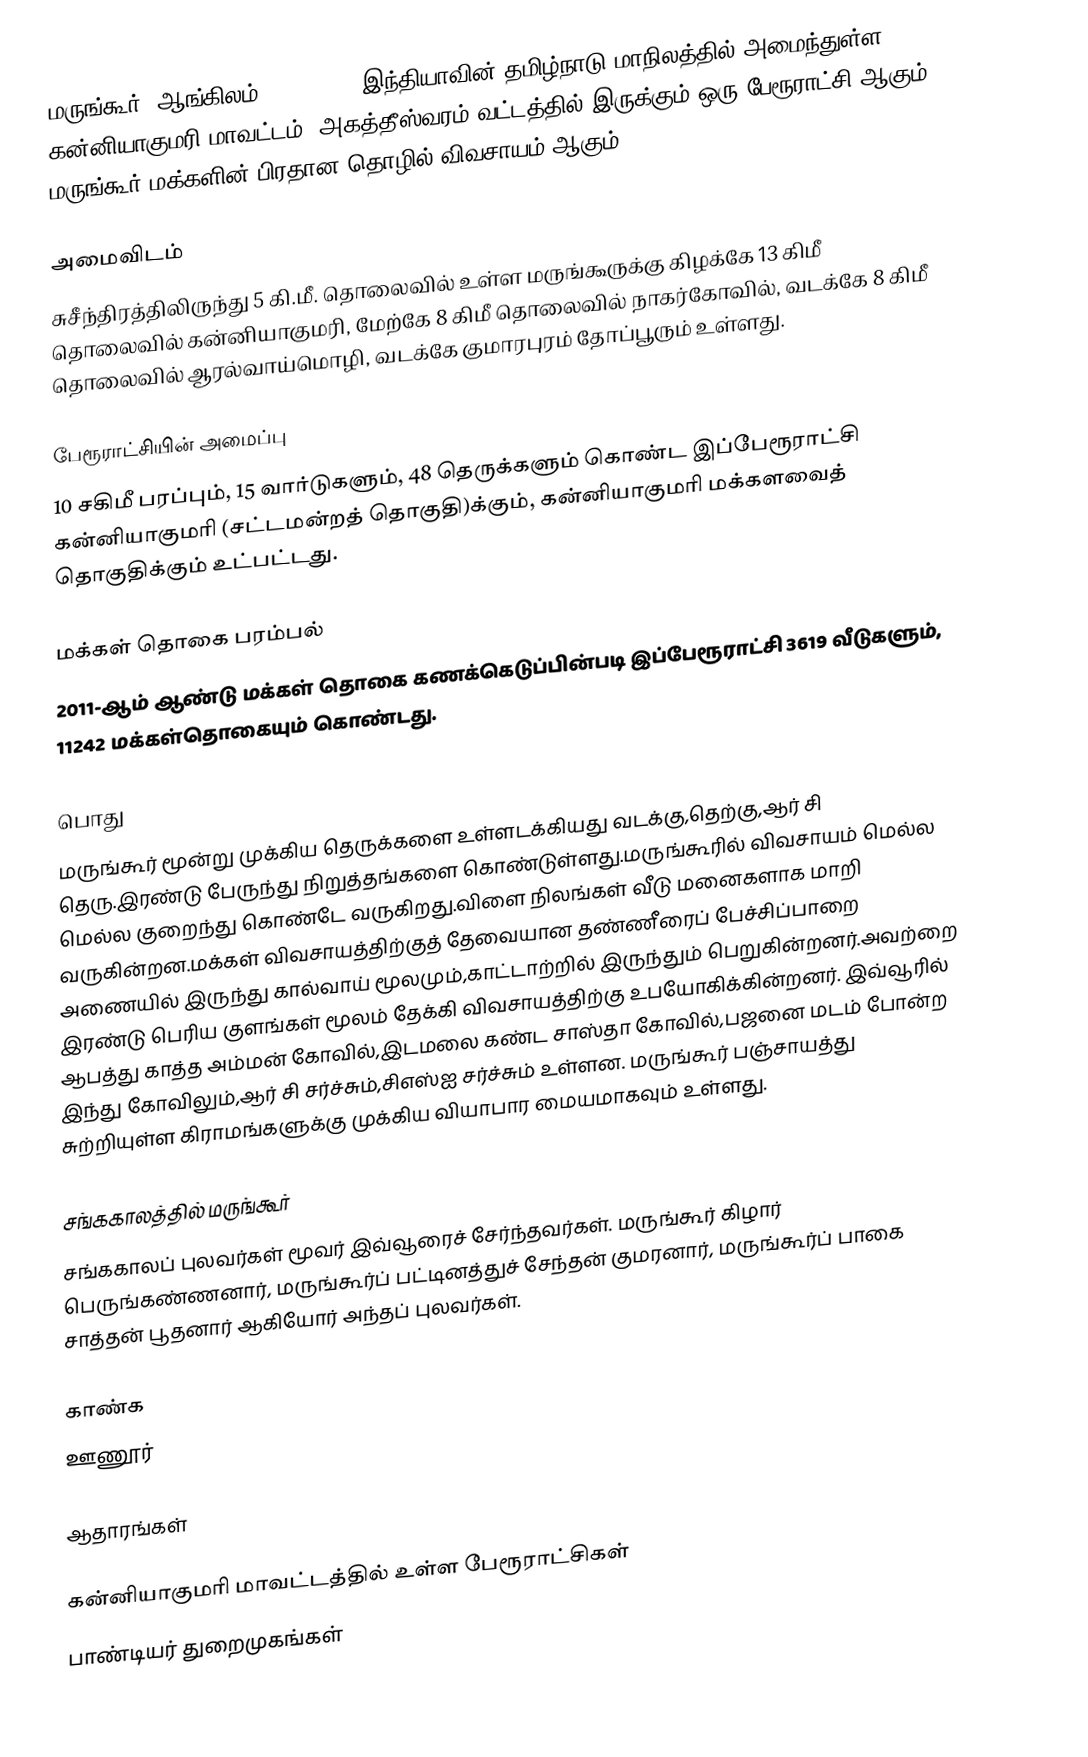
மருங்கூர் (ஆங்கிலம்:Marungur), இந்தியாவின் தமிழ்நாடு மாநிலத்தில் அமைந்துள்ள கன்னியாகுமரி மாவட்டம், அகத்தீஸ்வரம் வட்டத்தில் இருக்கும் ஒரு பேரூராட்சி ஆகும். மருங்கூர் மக்களின் பிரதான தொழில் விவசாயம் ஆகும்.

அமைவிடம்
சுசீந்திரத்திலிருந்து 5 கி.மீ. தொலைவில் உள்ள மருங்கூருக்கு கிழக்கே 13 கிமீ தொலைவில் கன்னியாகுமரி, மேற்கே 8 கிமீ தொலைவில் நாகர்கோவில், வடக்கே 8 கிமீ தொலைவில் ஆரல்வாய்மொழி,  வடக்கே குமாரபுரம் தோப்பூரும் உள்ளது.

பேரூராட்சியின் அமைப்பு
10 சகிமீ  பரப்பும், 15  வார்டுகளும், 48 தெருக்களும் கொண்ட இப்பேரூராட்சி கன்னியாகுமரி (சட்டமன்றத் தொகுதி)க்கும், கன்னியாகுமரி மக்களவைத் தொகுதிக்கும் உட்பட்டது.

மக்கள் தொகை பரம்பல்
2011-ஆம் ஆண்டு மக்கள் தொகை கணக்கெடுப்பின்படி  இப்பேரூராட்சி                           3619 வீடுகளும்,  11242 மக்கள்தொகையும் கொண்டது.

பொது
மருங்கூர் மூன்று முக்கிய தெருக்களை உள்ளடக்கியது வடக்கு,தெற்கு,ஆர் சி தெரு.இரண்டு பேருந்து நிறுத்தங்களை கொண்டுள்ளது.மருங்கூரில் விவசாயம் மெல்ல மெல்ல குறைந்து கொண்டே வருகிறது.விளை நிலங்கள் வீடு மனைகளாக மாறி வருகின்றன.மக்கள் விவசாயத்திற்குத் தேவையான தண்ணீரைப் பேச்சிப்பாறை அணையில் இருந்து கால்வாய் மூலமும்,காட்டாற்றில் இருந்தும் பெறுகின்றனர்.அவற்றை இரண்டு பெரிய குளங்கள் மூலம் தேக்கி விவசாயத்திற்கு உபயோகிக்கின்றனர். இவ்வூரில் ஆபத்து காத்த அம்மன் கோவில்,இடமலை கண்ட சாஸ்தா கோவில்,பஜனை மடம் போன்ற இந்து கோவிலும்,ஆர் சி சர்ச்சும்,சிஎஸ்‌ஐ சர்ச்சும் உள்ளன. மருங்கூர் பஞ்சாயத்து சுற்றியுள்ள கிராமங்களுக்கு முக்கிய வியாபார மையமாகவும் உள்ளது.

சங்ககாலத்தில் மருங்கூர்
சங்ககாலப் புலவர்கள் மூவர் இவ்வூரைச் சேர்ந்தவர்கள். மருங்கூர் கிழார் பெருங்கண்ணனார், மருங்கூர்ப் பட்டினத்துச் சேந்தன் குமரனார், மருங்கூர்ப் பாகை சாத்தன் பூதனார் ஆகியோர் அந்தப் புலவர்கள்.

காண்க
 ஊணூர்

ஆதாரங்கள்

கன்னியாகுமரி மாவட்டத்தில் உள்ள பேரூராட்சிகள்
பாண்டியர் துறைமுகங்கள்